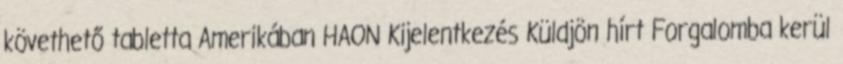
követhető tabletta Amerikában HAON Kijelentkezés Küldjön hírt Forgalomba kerül